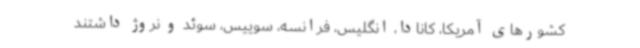
کشورهای آمریکا، کانادا، انگلیس، فرانسه، سوییس، سوئد و نروژ داشتند